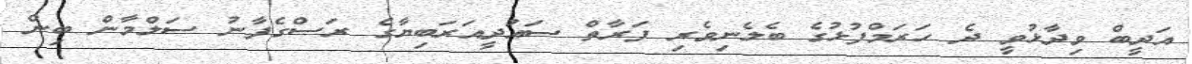
އަދީބް ވިދާޅުވީ ދެ ހަރަމްފުޅުގެ ބެލެނިވެރި ފަރާތް ސައުދީއަރަބިޔާގެ ރަސްގެފާނު ސަލްމާން ބިން